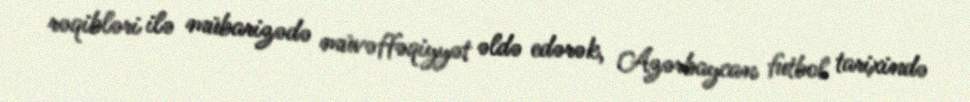
rəqibləri ilə mübarizədə müvəffəqiyyət əldə edərək, Azərbaycan futbol tarixində